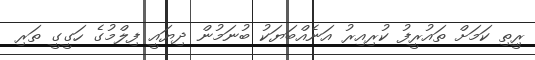
ރިީތި ކަމަށް ތައުރީފު ކުރިއިރު އަނެއްބަޔަކު ބުނަމުން ދިޔައީ ފިލްމުގެ ހަގީގީ ތަރި